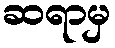
ဆရာမှ